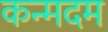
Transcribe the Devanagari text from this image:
कन्मदम